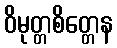
ဝိမုတ္တစိတ္တေန